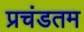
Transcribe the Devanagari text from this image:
प्रचंडतम